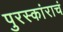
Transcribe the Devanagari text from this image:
पुरस्कांराचं